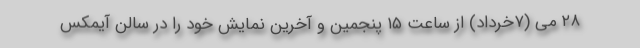
۲۸ می (۷خرداد) از ساعت ۱۵ پنجمین و آخرین نمایش خود را در سالن آیمکس